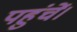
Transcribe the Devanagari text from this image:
पहुंचें।